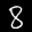
Label: 8